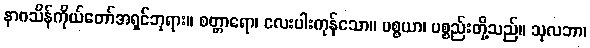
နာဂသိန်ကိုယ်တော်အရှင်ဘုရား။ စတ္တာရော၊ လေးပါးကုန်သော။ ပစ္စယာ၊ ပစ္စည်းတို့သည်။ သုလဘာ၊